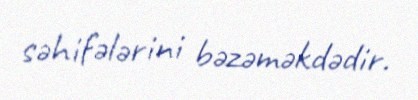
səhifələrini bəzəməkdədir.